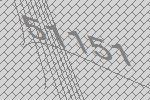
51151